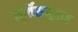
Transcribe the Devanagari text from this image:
मूर्तिसमूहात